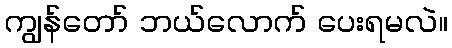
ကျွန်တော် ဘယ်လောက် ပေးရမလဲ။